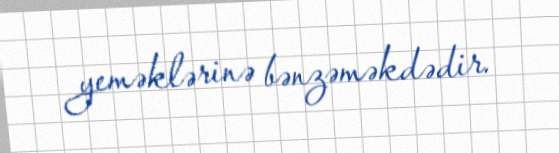
yeməklərinə bənzəməkdədir.